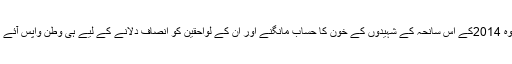
اور وہ 2014کے اس سانحہ کے شہیدوں کے خون کا حساب مانگنے اور ان کے لواحقین کو انصاف دلانے کے لیے ہی وطن واپس آئے ہیں ۔